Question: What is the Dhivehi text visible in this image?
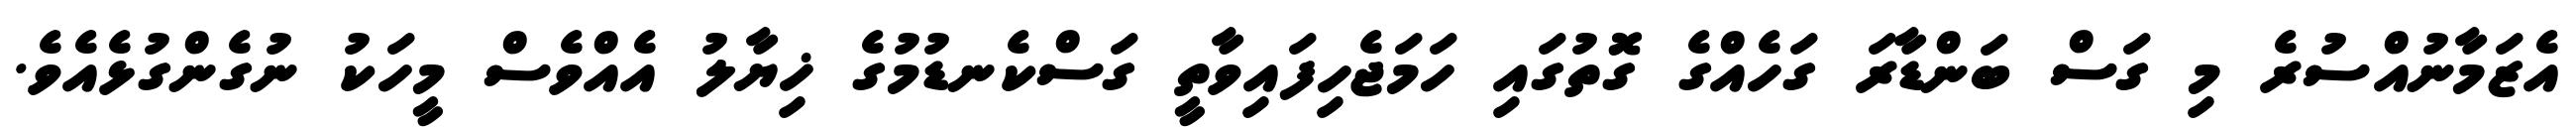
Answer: އެޒަމާނުއްސުރެ މި ގަސް ބަންޑާރަ ގަހެއްގެ ގޮތުގައި ހަމަޖެހިފައިވާތީ ގަސްކެނޑުމުގެ ޚިޔާލު އެއްވެސް މީހަކު ނުގެންގުޅެއެވެ.